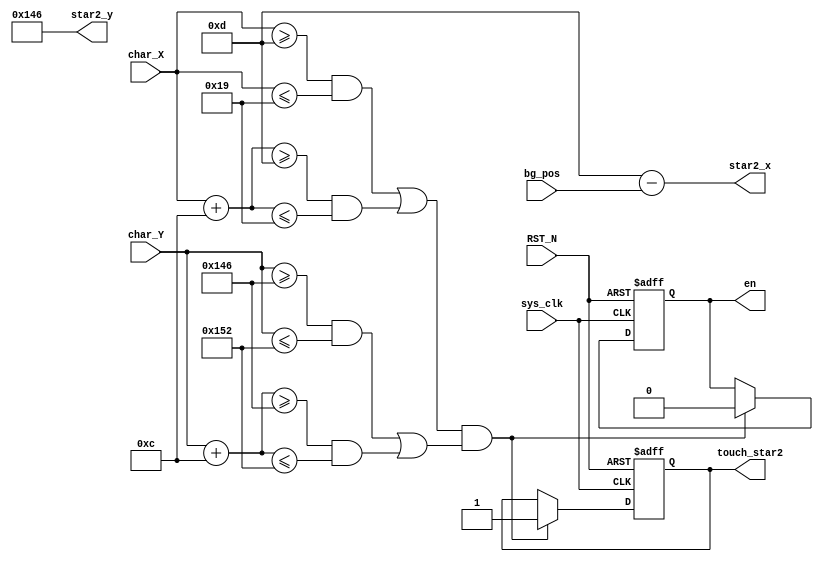
`timescale 1ns / 1ps

module STAR2(input sys_clk,
	input  [9:0] char_X,
	input  [9:0] char_Y,
	input  [9:0] bg_pos,
	input RST_N,
    output wire [9:0] star2_x,
    output wire [9:0] star2_y,
    output touch_star2,
    output  en
);
  reg [9:0] star2_x_r = 10'd13;
  reg [9:0] star2_y_r = 10'd326;
  reg enable = 1'b1;
  reg touch;
  assign star2_x = star2_x_r - bg_pos;
  assign star2_y = star2_y_r;
  assign touch_star2 = touch;
  assign en = enable;
  
  always@(posedge sys_clk or negedge RST_N)
    begin
      if(!RST_N)
        begin
          enable <= 1'b1;
          touch <= 1'b0;
        end
      else if( ((((char_X >= star2_x_r) && (char_X <= star2_x_r + 10'd12)) || ((char_X + 10'd12 >= star2_x_r) && (char_X + 10'd12 <= star2_x_r + 10'd12)))) & ((((char_Y >= star2_y_r) && (char_Y <= star2_y_r + 10'd12)) || ((char_Y + 10'd12 >= star2_y_r) && (char_Y + 10'd12 <= star2_y_r + 10'd12)))) ) 
        begin 
          enable <= 1'b0;
          touch <= 1'b1;
        end
      else
        touch <= touch;
    end


endmodule